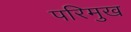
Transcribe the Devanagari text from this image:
परिमुख